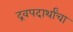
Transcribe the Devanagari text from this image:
द्रवपदार्थांचा